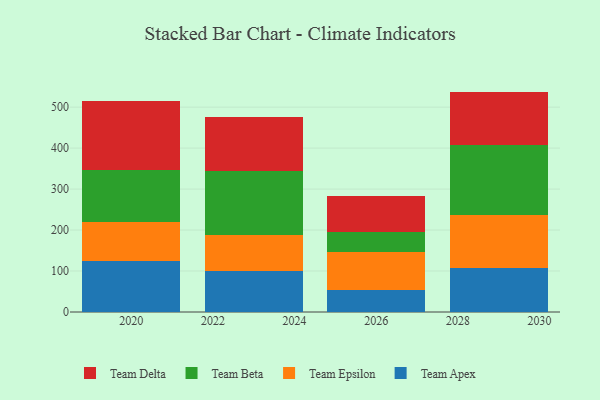
{"axis": {"x": "Year", "y": "Revenue (USD Million)"}, "legend": ["Team Apex", "Team Beta", "Team Delta", "Team Epsilon"], "data": [{"x": "2026", "y": 54.3, "type": "Team Apex"}, {"x": "2026", "y": 92.3, "type": "Team Epsilon"}, {"x": "2026", "y": 48.0, "type": "Team Beta"}, {"x": "2026", "y": 87.5, "type": "Team Delta"}, {"x": "2029", "y": 106.9, "type": "Team Apex"}, {"x": "2029", "y": 129.7, "type": "Team Epsilon"}, {"x": "2029", "y": 170.9, "type": "Team Beta"}, {"x": "2029", "y": 130.4, "type": "Team Delta"}, {"x": "2020", "y": 124.0, "type": "Team Apex"}, {"x": "2020", "y": 95.4, "type": "Team Epsilon"}, {"x": "2020", "y": 128.2, "type": "Team Beta"}, {"x": "2020", "y": 166.8, "type": "Team Delta"}, {"x": "2023", "y": 99.4, "type": "Team Apex"}, {"x": "2023", "y": 88.2, "type": "Team Epsilon"}, {"x": "2023", "y": 156.8, "type": "Team Beta"}, {"x": "2023", "y": 132.6, "type": "Team Delta"}]}